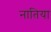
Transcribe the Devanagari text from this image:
नातिया